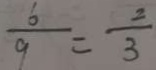
\frac { 6 } { 9 } = \frac { 2 } { 3 }